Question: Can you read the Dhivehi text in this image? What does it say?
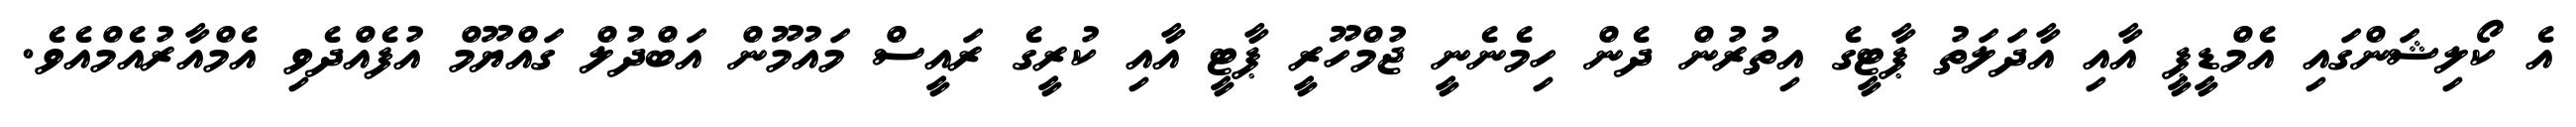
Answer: އެ ކޯލިޝަންގައި އެމްޑީޕީ އާއި އާދަލަތު ޕާޓީގެ އިތުރުން ދެން ހިމެނެނީ ޖުމްހޫރީ ޕާޓީ އާއި ކުރީގެ ރައީސް މައުމޫން އަބްދުލް ގައްޔޫމް އުފެއްދެވި އެމްއާރުއެމްއެވެ.